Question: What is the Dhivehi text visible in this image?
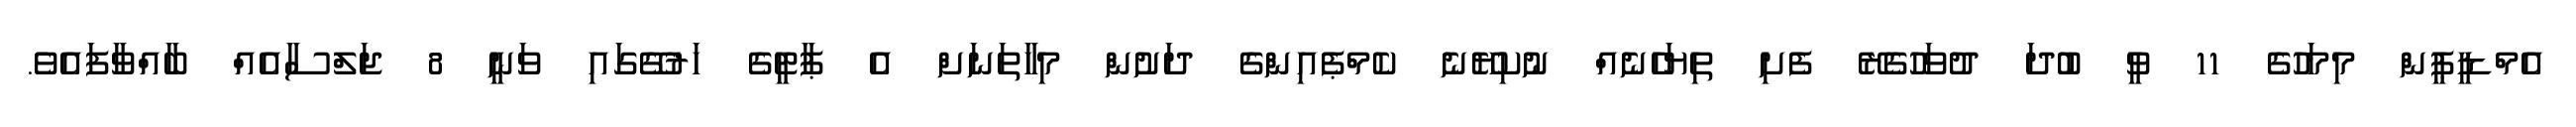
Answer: އެމްޑީޕީން މިމަހުގެ 11 ވީ ބުދަ ދުވަހުގެރޭ ފެށި ތިޔަހެނެއް ނުކިޔޭނެ ކެމްޕެއިންގެ ދަށުން މިހާތަނަށް އެ ޕާޓީގެ ހަރުގޭގައި ވަނީ 8 ޖަލްސާއެއް ބާއްވާފައެވެ.